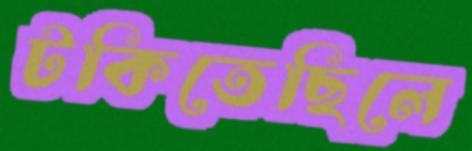
টকিতেছিলে